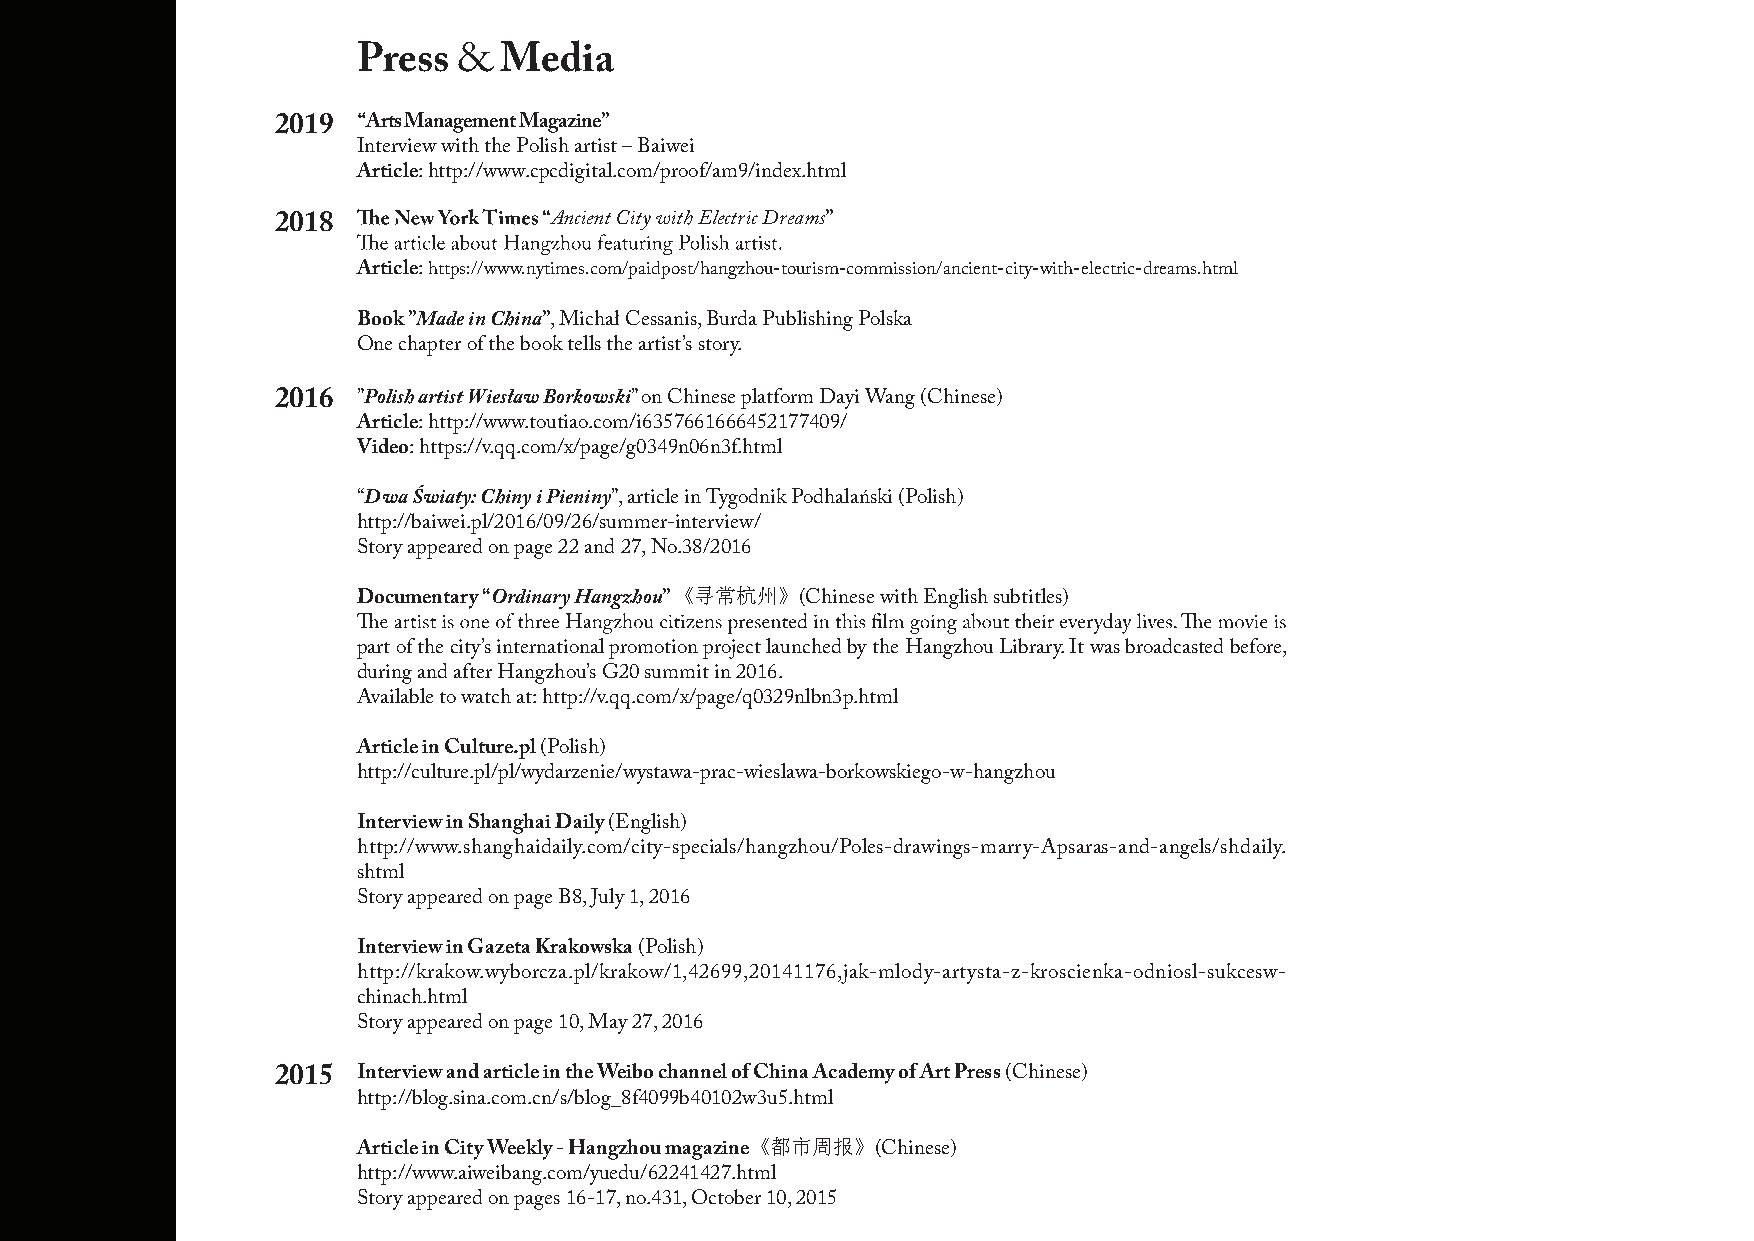
Press &  Media
 2019  Arts Management Magazine”
 Interview with the Polish artist – Baiwei
 Article: http://www.cpcdigital.com/proof/am9/index.html
 2018              Ancient City with Electric Dreams”
 Article: https://www.nytimes.com/paidpost/hangzhou-tourism-commission/ancient-city-with-electric-dreams.html
 Book ”Made in China”, Michał Cessanis, Burda Publishing Polska
 One chapter of the book tells the artist’s story.
 2016  ”Polish artist Wiesław Borkowski” on Chinese platform Dayi Wang (Chinese)
 Article: http://www.toutiao.com/i6357661666452177409/
 Video: https://v.qq.com/x/page/g0349n06n3f.html
 “Dwa Światy: Chiny i Pieniny”, article in Tygodnik Podhalański (Polish)
 http://baiwei.pl/2016/09/26/summer-interview/
 Story appeared on page 22 and 27, No.38/2016
 《寻常杭州》
 Documentary “Ordinary Hangzhou” (Chinese with English subtitles)
 part of the city’s international promotion project launched by the Hangzhou Library. It was broadcasted before,
 during and after Hangzhou’s G20 summit in 2016.
 Available to watch at: http://v.qq.com/x/page/q0329nlbn3p.html
 Article in Culture.pl (Polish)
 http://culture.pl/pl/wydarzenie/wystawa-prac-wieslawa-borkowskiego-w-hangzhou
 Interview in Shanghai Daily (English)
 http://www.shanghaidaily.com/city-specials/hangzhou/Poles-drawings-marry-Apsaras-and-angels/shdaily.
 shtml
 Story appeared on page B8, July 1, 2016
 Interview in Gazeta Krakowska (Polish)
 http://krakow.wyborcza.pl/krakow/1,42699,20141176,jak-mlody-artysta-z-kroscienka-odniosl-sukcesw-
 chinach.html
 Story appeared on page 10, May 27, 2016
 2015  Interview and article in the Weibo channel of China Academy of Art Press (Chinese)
 http://blog.sina.com.cn/s/blog_8f4099b40102w3u5.html
 《都市周报》
 Article in City Weekly - Hangzhou magazine (Chinese)
 http://www.aiweibang.com/yuedu/62241427.html
 Story appeared on pages 16-17, no.431, October 10, 2015